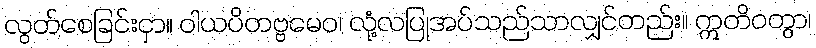
လွတ်စေခြင်းငှာ။ ဝါယပိတဗ္ဗမေဝ၊ လုံ့လပြုအပ်သည်သာလျှင်တည်း။ ဣတိဝတွာ၊